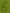
Text: 6